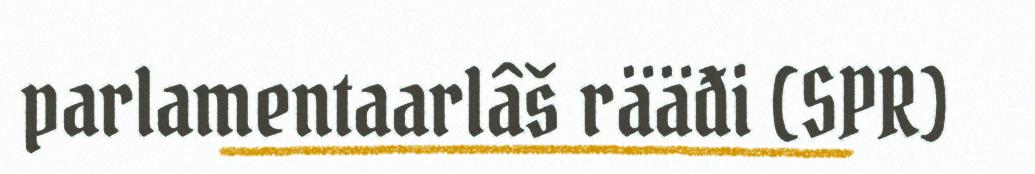
parlamentaarlâš rääđi (SPR)